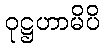
ဝုဋ္ဌဟာမိပိ